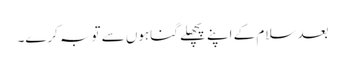
بعد سلام کے اپنے پچھلے گناہوں سے توبہ کرے۔